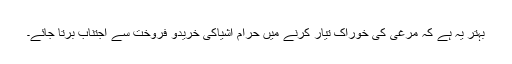
بہتر یہ ہے کہ مرغی کی خوراک تیار کرنے میں حرام اشیاکی خریدو فروخت سے اجتناب برتا جائے۔